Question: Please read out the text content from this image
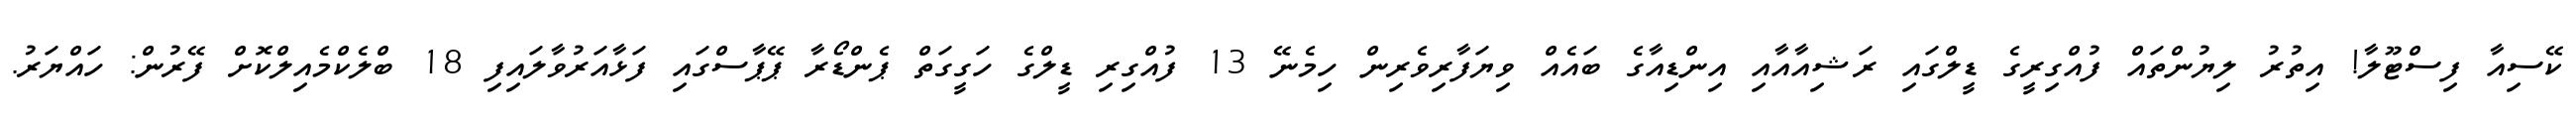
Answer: ކޭސިއާ ފިސްޓޫލާ! އިތުރު ލިޔުންތައް ފުއްގިރީގެ ޑީލްގައި ރަޝިއާއާއި އިންޑިއާގެ ބައެއް ވިޔަފާރިވެރިން ހިމެނޭ 13 ފުއްގިރި ޑީލްގެ ހަގީގަތް ޕެންޑޯރާ ޕޭޕާސްގައި ފަޅާއަރުވާލައިފި 18 ބްލެކްމެއިލްކޮށް ފޭރުން: ހައްޔަރު.